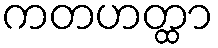
ကတဟတ္ထာ